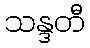
သန္ဒတီ